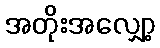
အတိုးအလျှော့